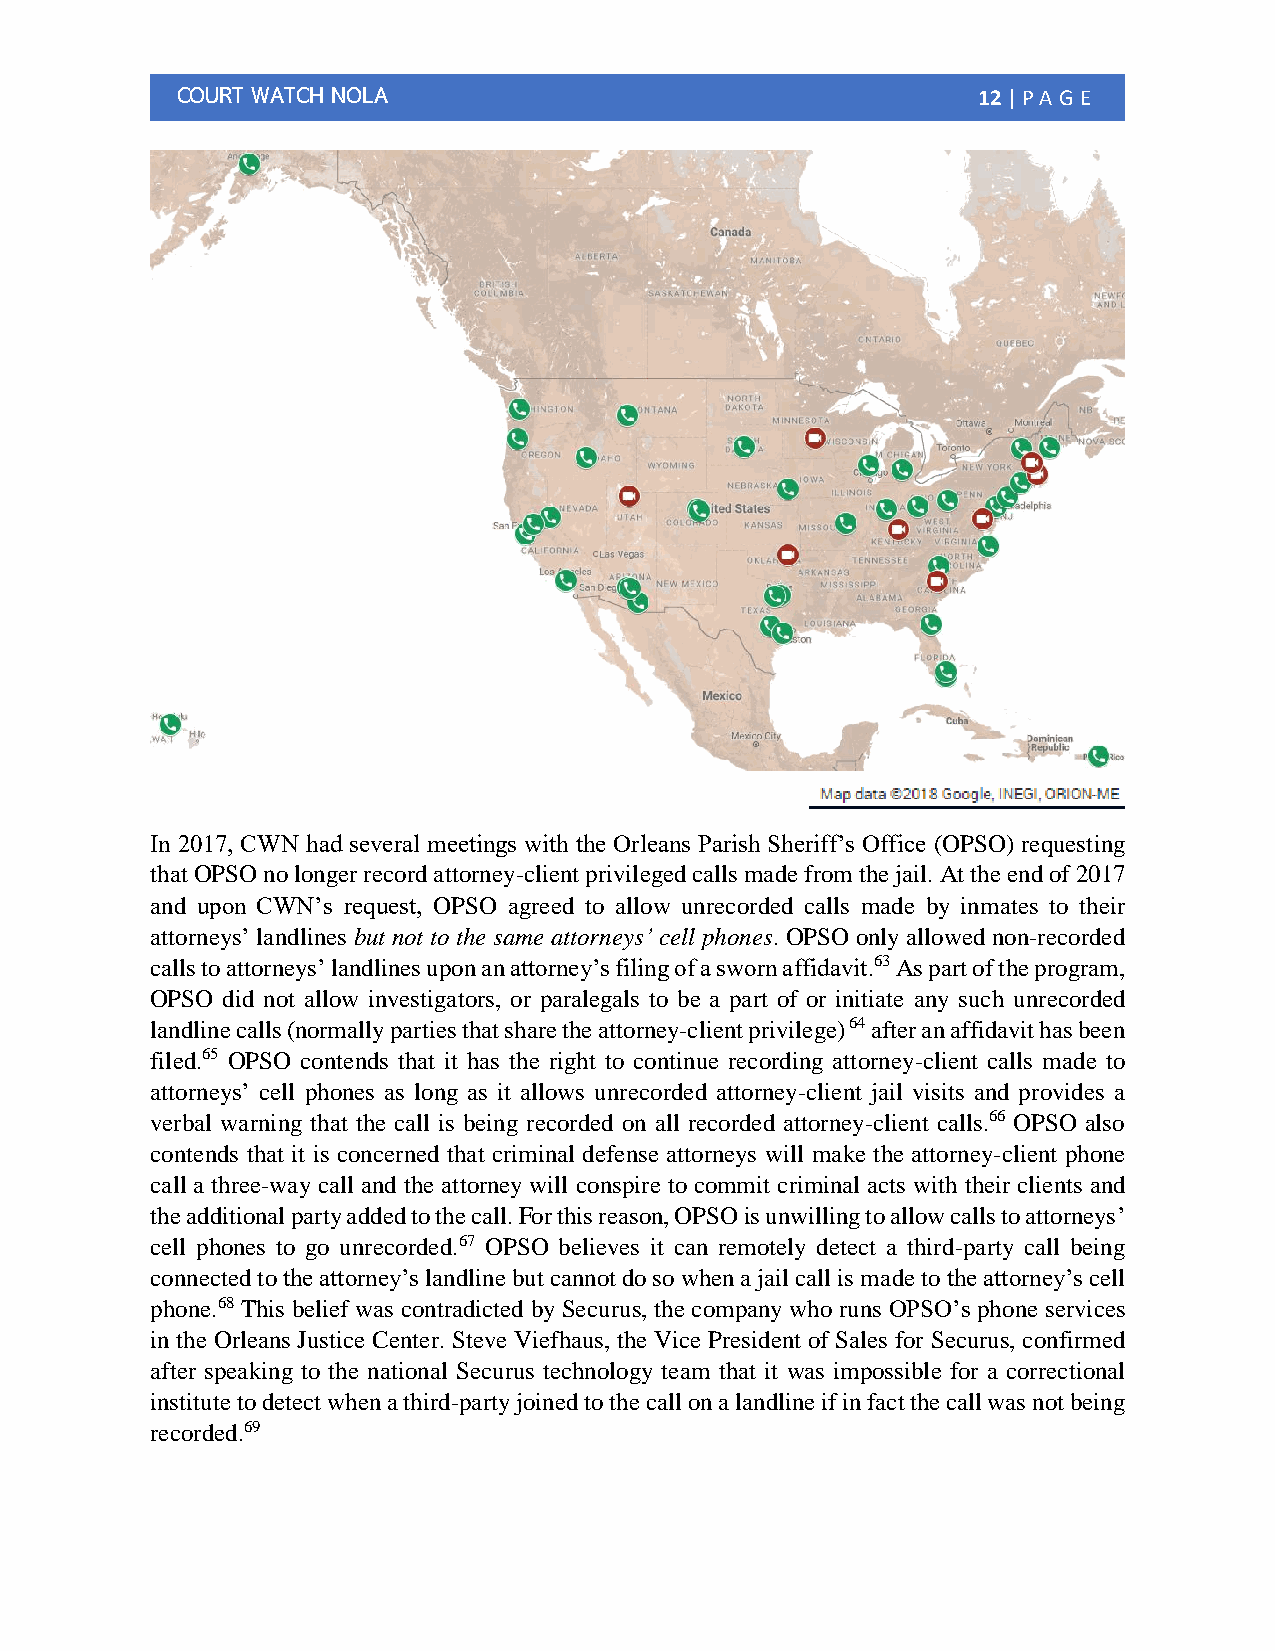
COURT WATCH NOLA                                     12 | PA G E
 In 2017, CWN had several meetings with the Orleans Parish Sheriff’s Office (OPSO) requesting
 that OPSO no longer record attorney-client privileged calls made from the jail. At the end of 2017
 and upon CWN’s request, OPSO agreed to allow unrecorded calls made by inmates to their
 attorneys’ landlines but not to the same attorneys’ cell phones. OPSO only allowed non-recorded
 calls to attorneys’ landlines upon an attorney’s filing of a sworn affidavit.63 As part of the program,
 OPSO did not allow investigators, or paralegals to be a part of or initiate any such unrecorded
 landline calls (normally parties that share the attorney-client privilege) 64 after an affidavit has been
 filed.65 OPSO contends that it has the right to continue recording attorney-client calls made to
 attorneys’ cell phones as long as it allows unrecorded attorney-client jail visits and provides a
 verbal warning that the call is being recorded on all recorded attorney-client calls.66 OPSO also
 contends that it is concerned that criminal defense attorneys will make the attorney-client phone
 call a three-way call and the attorney will conspire to commit criminal acts with their clients and
 the additional party added to the call. For this reason, OPSO is unwilling to allow calls to attorneys’
 cell phones to go unrecorded.67 OPSO believes it can remotely detect a third-party call being
 connected to the attorney’s landline but cannot do so when a jail call is made to the attorney’s cell
 phone.68 This belief was contradicted by Securus, the company who runs OPSO’s phone services
 in the Orleans Justice Center. Steve Viefhaus, the Vice President of Sales for Securus, confirmed
 after speaking to the national Securus technology team that it was impossible for a correctional
 institute to detect when a third-party joined to the call on a landline if in fact the call was not being
 recorded.69